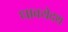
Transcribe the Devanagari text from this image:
धावयेदथ